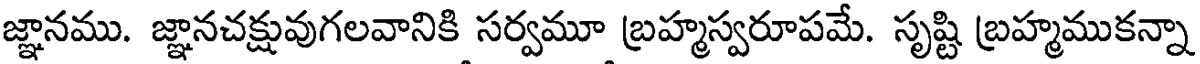
జ్ఞానము. జ్ఞానచక్షువుగలవానికి సర్వమూ బ్రహ్మస్వరూపమే. సృష్టి బ్రహ్మముకన్నా